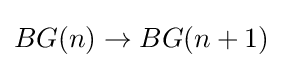
BG(n)\to BG(n+1)